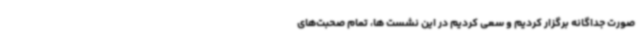
صورت جداگانه برگزار کردیم و سعی کردیم در این نشست ها، تمام صحبت‌های